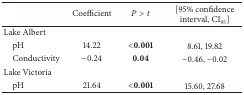
<table><thead><tr><td><b> </b></td><td><b>Coefficient </b></td><td><b><i>P</i> &gt; <i>t</i></b></td><td><b>[95% confidence interval, CI<sub>95</sub>]</b></td></tr></thead><tbody><tr><td>Lake Albert</td><td> </td><td> </td><td> </td></tr><tr><td> pH</td><td>14.22</td><td><b>&lt;0.001</b></td><td>8.61, 19.82</td></tr><tr><td> Conductivity</td><td>−0.24</td><td><b>0.04</b></td><td>−0.46, −0.02</td></tr><tr><td>Lake Victoria</td><td> </td><td><b> </b></td><td> </td></tr><tr><td> pH</td><td>21.64</td><td><b>&lt;0.001</b></td><td>15.60, 27.68</td></tr></tbody></table>